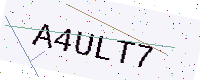
Text: A4ULT7